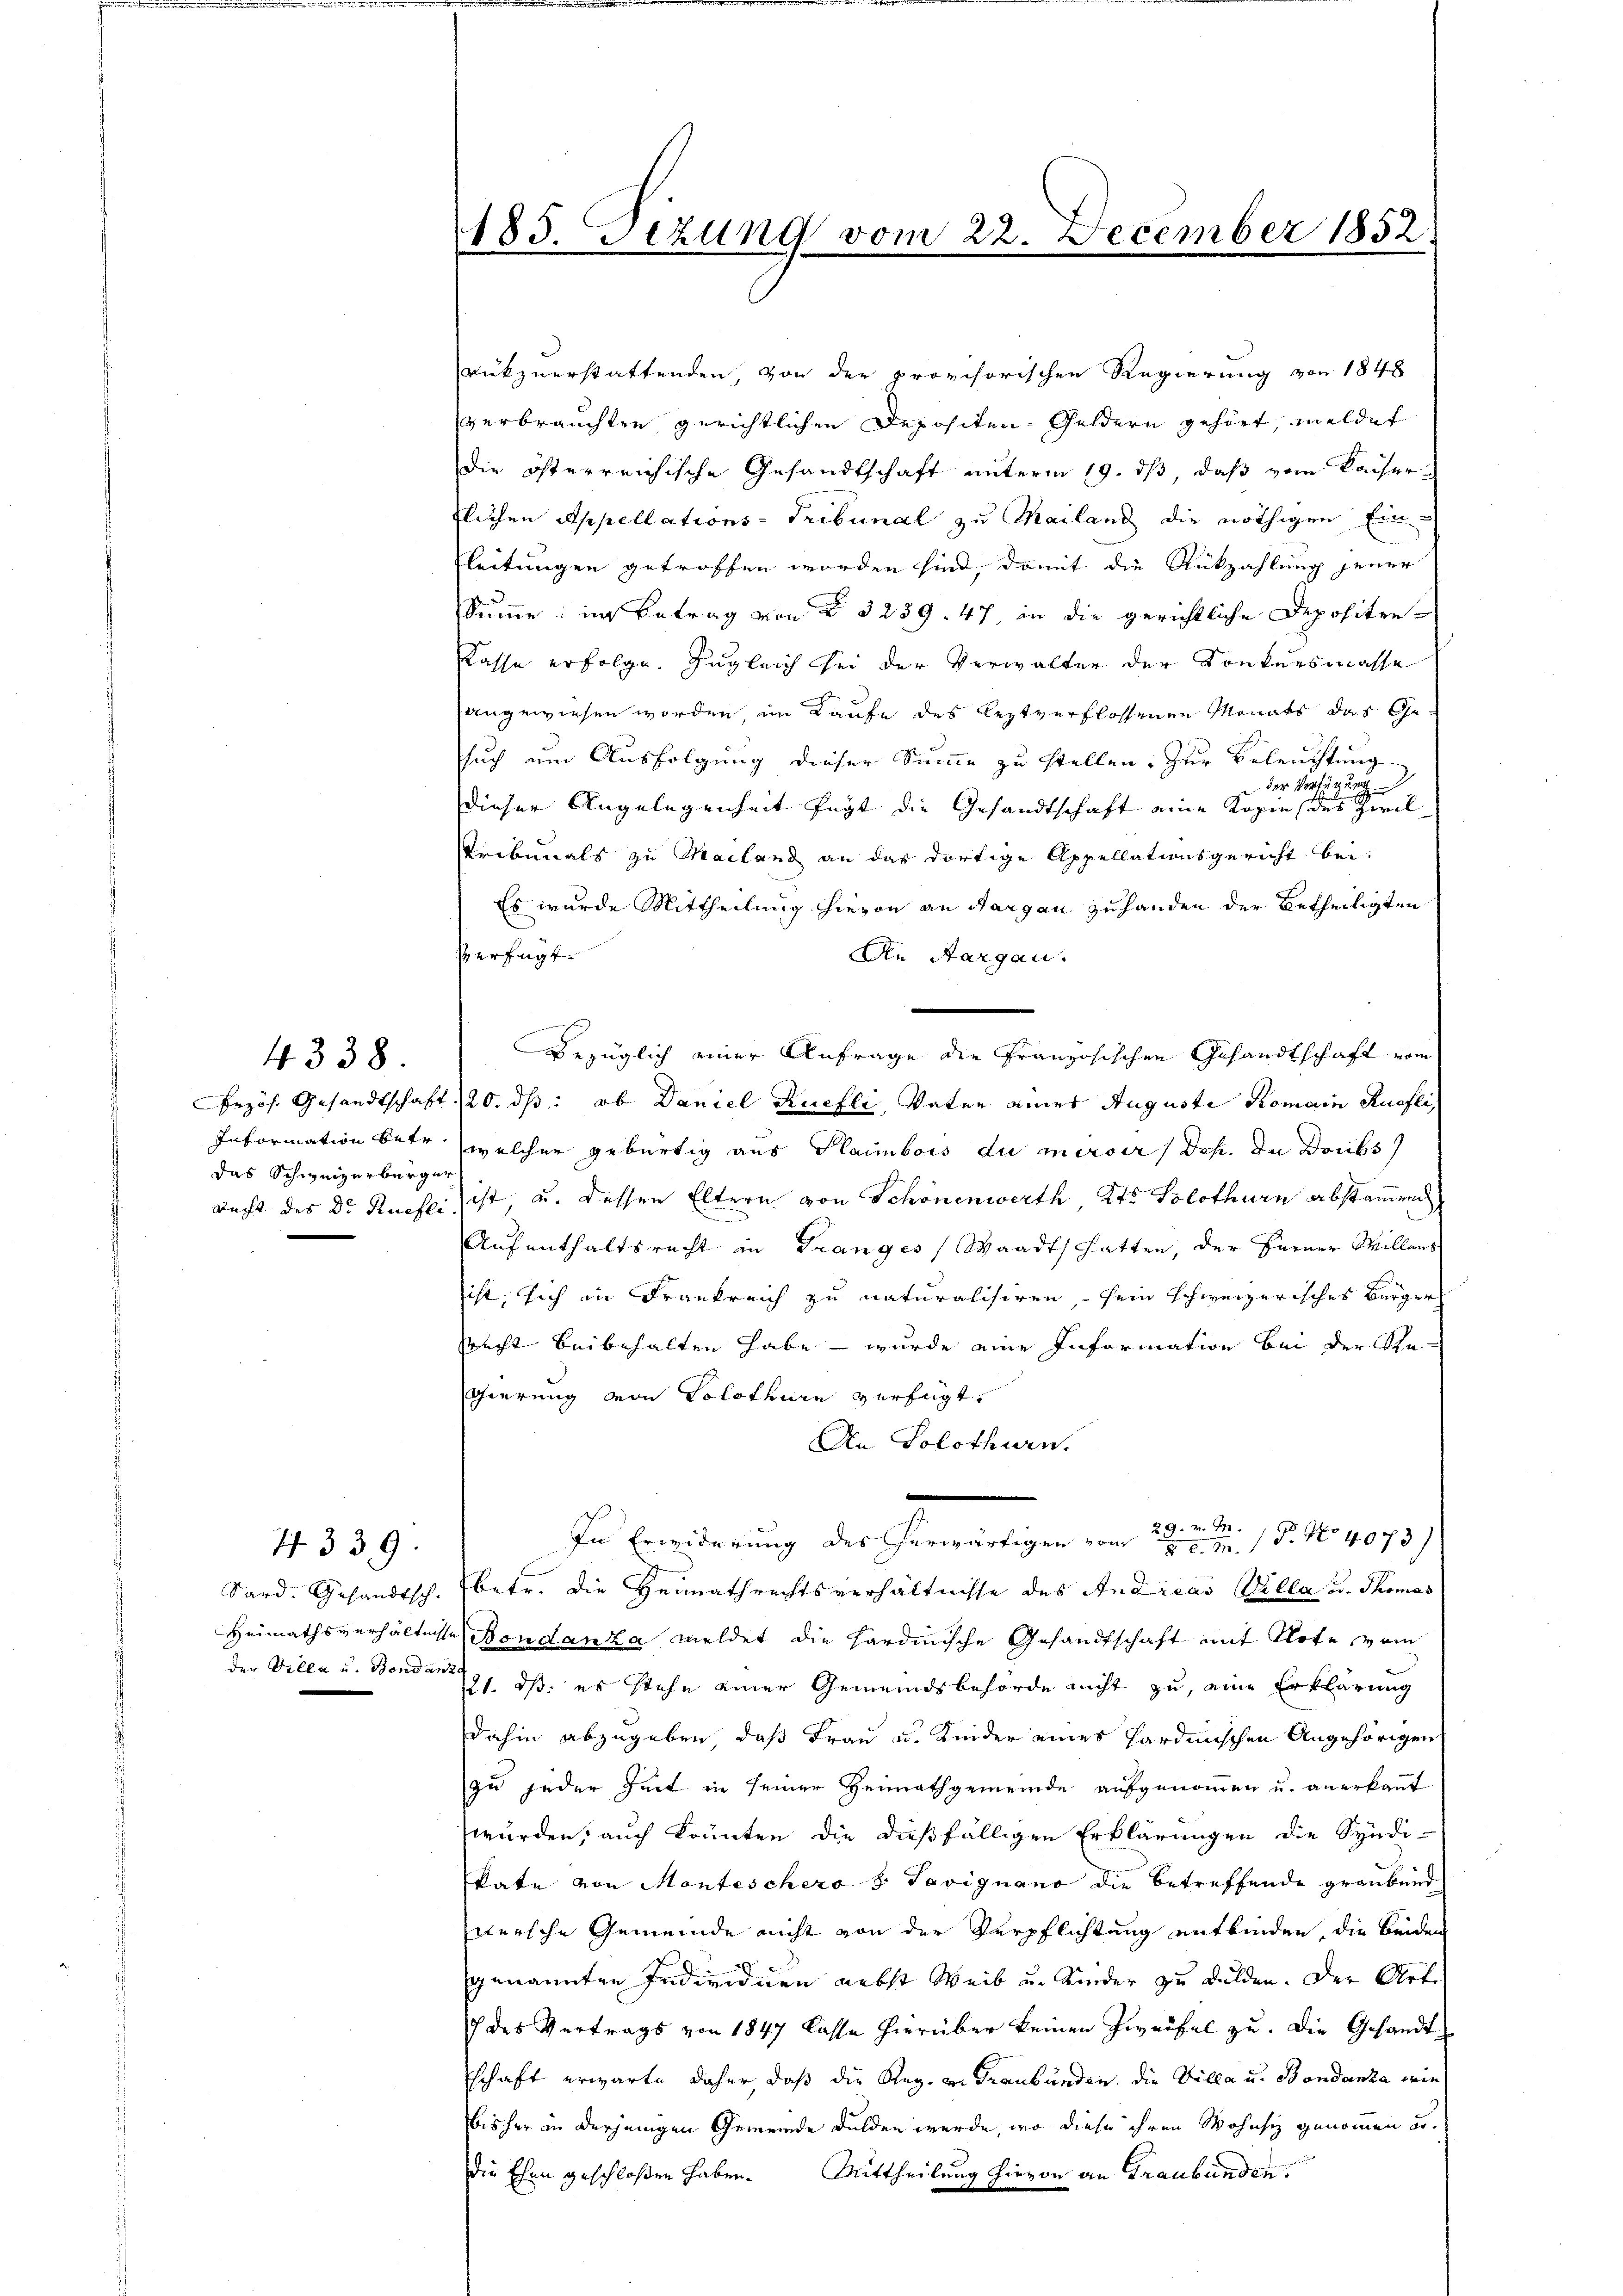
4338.

das Schweizerbürger

I 339.

rükzuerstattenden, von der provisorischen Regierung von 1848
verbrauchten gerichtlichen Depositen Geldern gehört, meldet
die österreichische Gesandtschaft unterm 19. ds, daß vom Kaiser-
flichen Appellations- Tribunal zu Mailand die nöthigen Ein
leitungen getroffen worden sind, damit die Rükzahlung jener
Summe; in Betrag von § 3239. 47, in die gerichtliche Depositen-
Kasse erfolge. Zugleich sei der Verwalter der Konkursmasse
angewiesen worden, im Kaufe des leztverflossenen Monats das Gesuch um Ausfolgung dieser Summe zu stellen. Zur Beleuchtung
 der Verfügung
Henningen
dieser Angelegenheit fügt die Gesandtschaft eine Kopie des Zivil
Pribunals zu Mailand an das dortige Appellationsgericht bei:
Es wurde Mittheilung hievon an Sargau zuhanden der betheiligten
Verfügt
An Aargau.
geei
Bezüglich einer Anfrage die Französischen Gesandtschaft vom
Bezös. Gesandtschaft 20. ds: ob Daniel Ruefli, Vater eines Auguste Romain Ruefli,
Information betr. welcher gebürtig aus Plaimbois du mirsers Joh. In Doubs
Recht des Dr. Ruefli ist, u. dessen Eltern von Schönenwerth, Kts. Solothurn abstamen
Aufenthaltsrecht in Tranges Waadtschatten, der Ferner Willens
ist, sich in Frankreich zu naturalisiren, sein schweizerisches Bürger
Precht beibehalten habe - wurde eine Information bei der Re¬
Thierung von Solothurn verfügt,
An Solothurn.
29. v. M.
In Erwiderung des herwärtigen vom 22 n 1. No 4073)
Sard. Gesandtsch. Ebetr. die Heimathrechtsverhältnisse des Andreas Villa u. Thomas
Heimathsverhältnisse Bondanza meldet die Hardinische Gesandtschaft mit Note vom
der Villa u. Bondant 191, dß es stehe einer Gemeindsbehörde nicht zu, eine Erklärung
dahin abzugeben, daß Frau u. Leider eines sardinischen Angehörigen
zu jeder Zeit in seiner Heimathgemeinde aufgenommen u. anerkannt
würden, auch könnten die dießfälligen Erklärungen die Syndi-
kate von Monteschero z. Tavignano die betreffende graubünd
wersche Gemeinde nicht von der Verpflichtung entbinden, die beiden
genannten Individuen nebst Weib u. Kinder zu dulden. Der Arte
 des Vertrags von 1847 lasse hierüber keinen Zweifel zu. Die Gesandt¬
Eschaft erwarte daher, daß die Reg. v. Graubünden, die Villa u. Bondanta wie
bisher in derjenigen Gemeinde dulden werde, wo diese ihren Wohnsi genommen u.
die Ehen geschloßen haben. Mittheilung hievon an Graubünden

185. Sizung vom

22.

December 1832